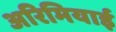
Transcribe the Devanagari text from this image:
अरिमियाई